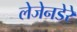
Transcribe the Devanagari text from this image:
लेजेनडेरे